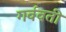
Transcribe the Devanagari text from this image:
गर्ववती